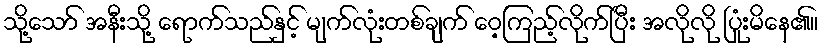
သို့သော် အနီးသို့ ရောက်သည်နှင့် မျက်လုံးတစ်ချက် ဝေ့ကြည့်လိုက်ပြီး အလိုလို ပြုံးမိနေ၏။